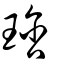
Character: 琀